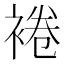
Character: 裷